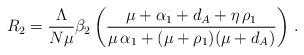
LaTeX: \begin{align*}R_2 =\frac{\Lambda}{N\mu} \beta_2 \left(\frac{\mu+\alpha_1+d_A+\eta\,\rho_1 }{\mu\,\alpha_1+ (\mu + \rho_1)(\mu + d_A)}\right)\, .\end{align*}